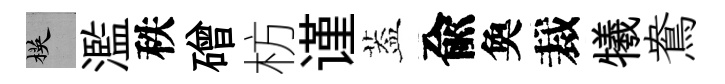
楧濫秩磳枋谨葢兪奐裁犧鴦